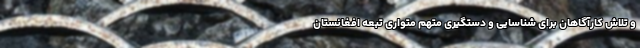
و تلاش کارآگاهان برای شناسایی و دستگیری متهم متواری تبعه افغانستان